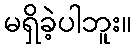
မရှိခဲ့ပါဘူး။